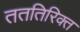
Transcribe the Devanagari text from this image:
तततिरिक्त